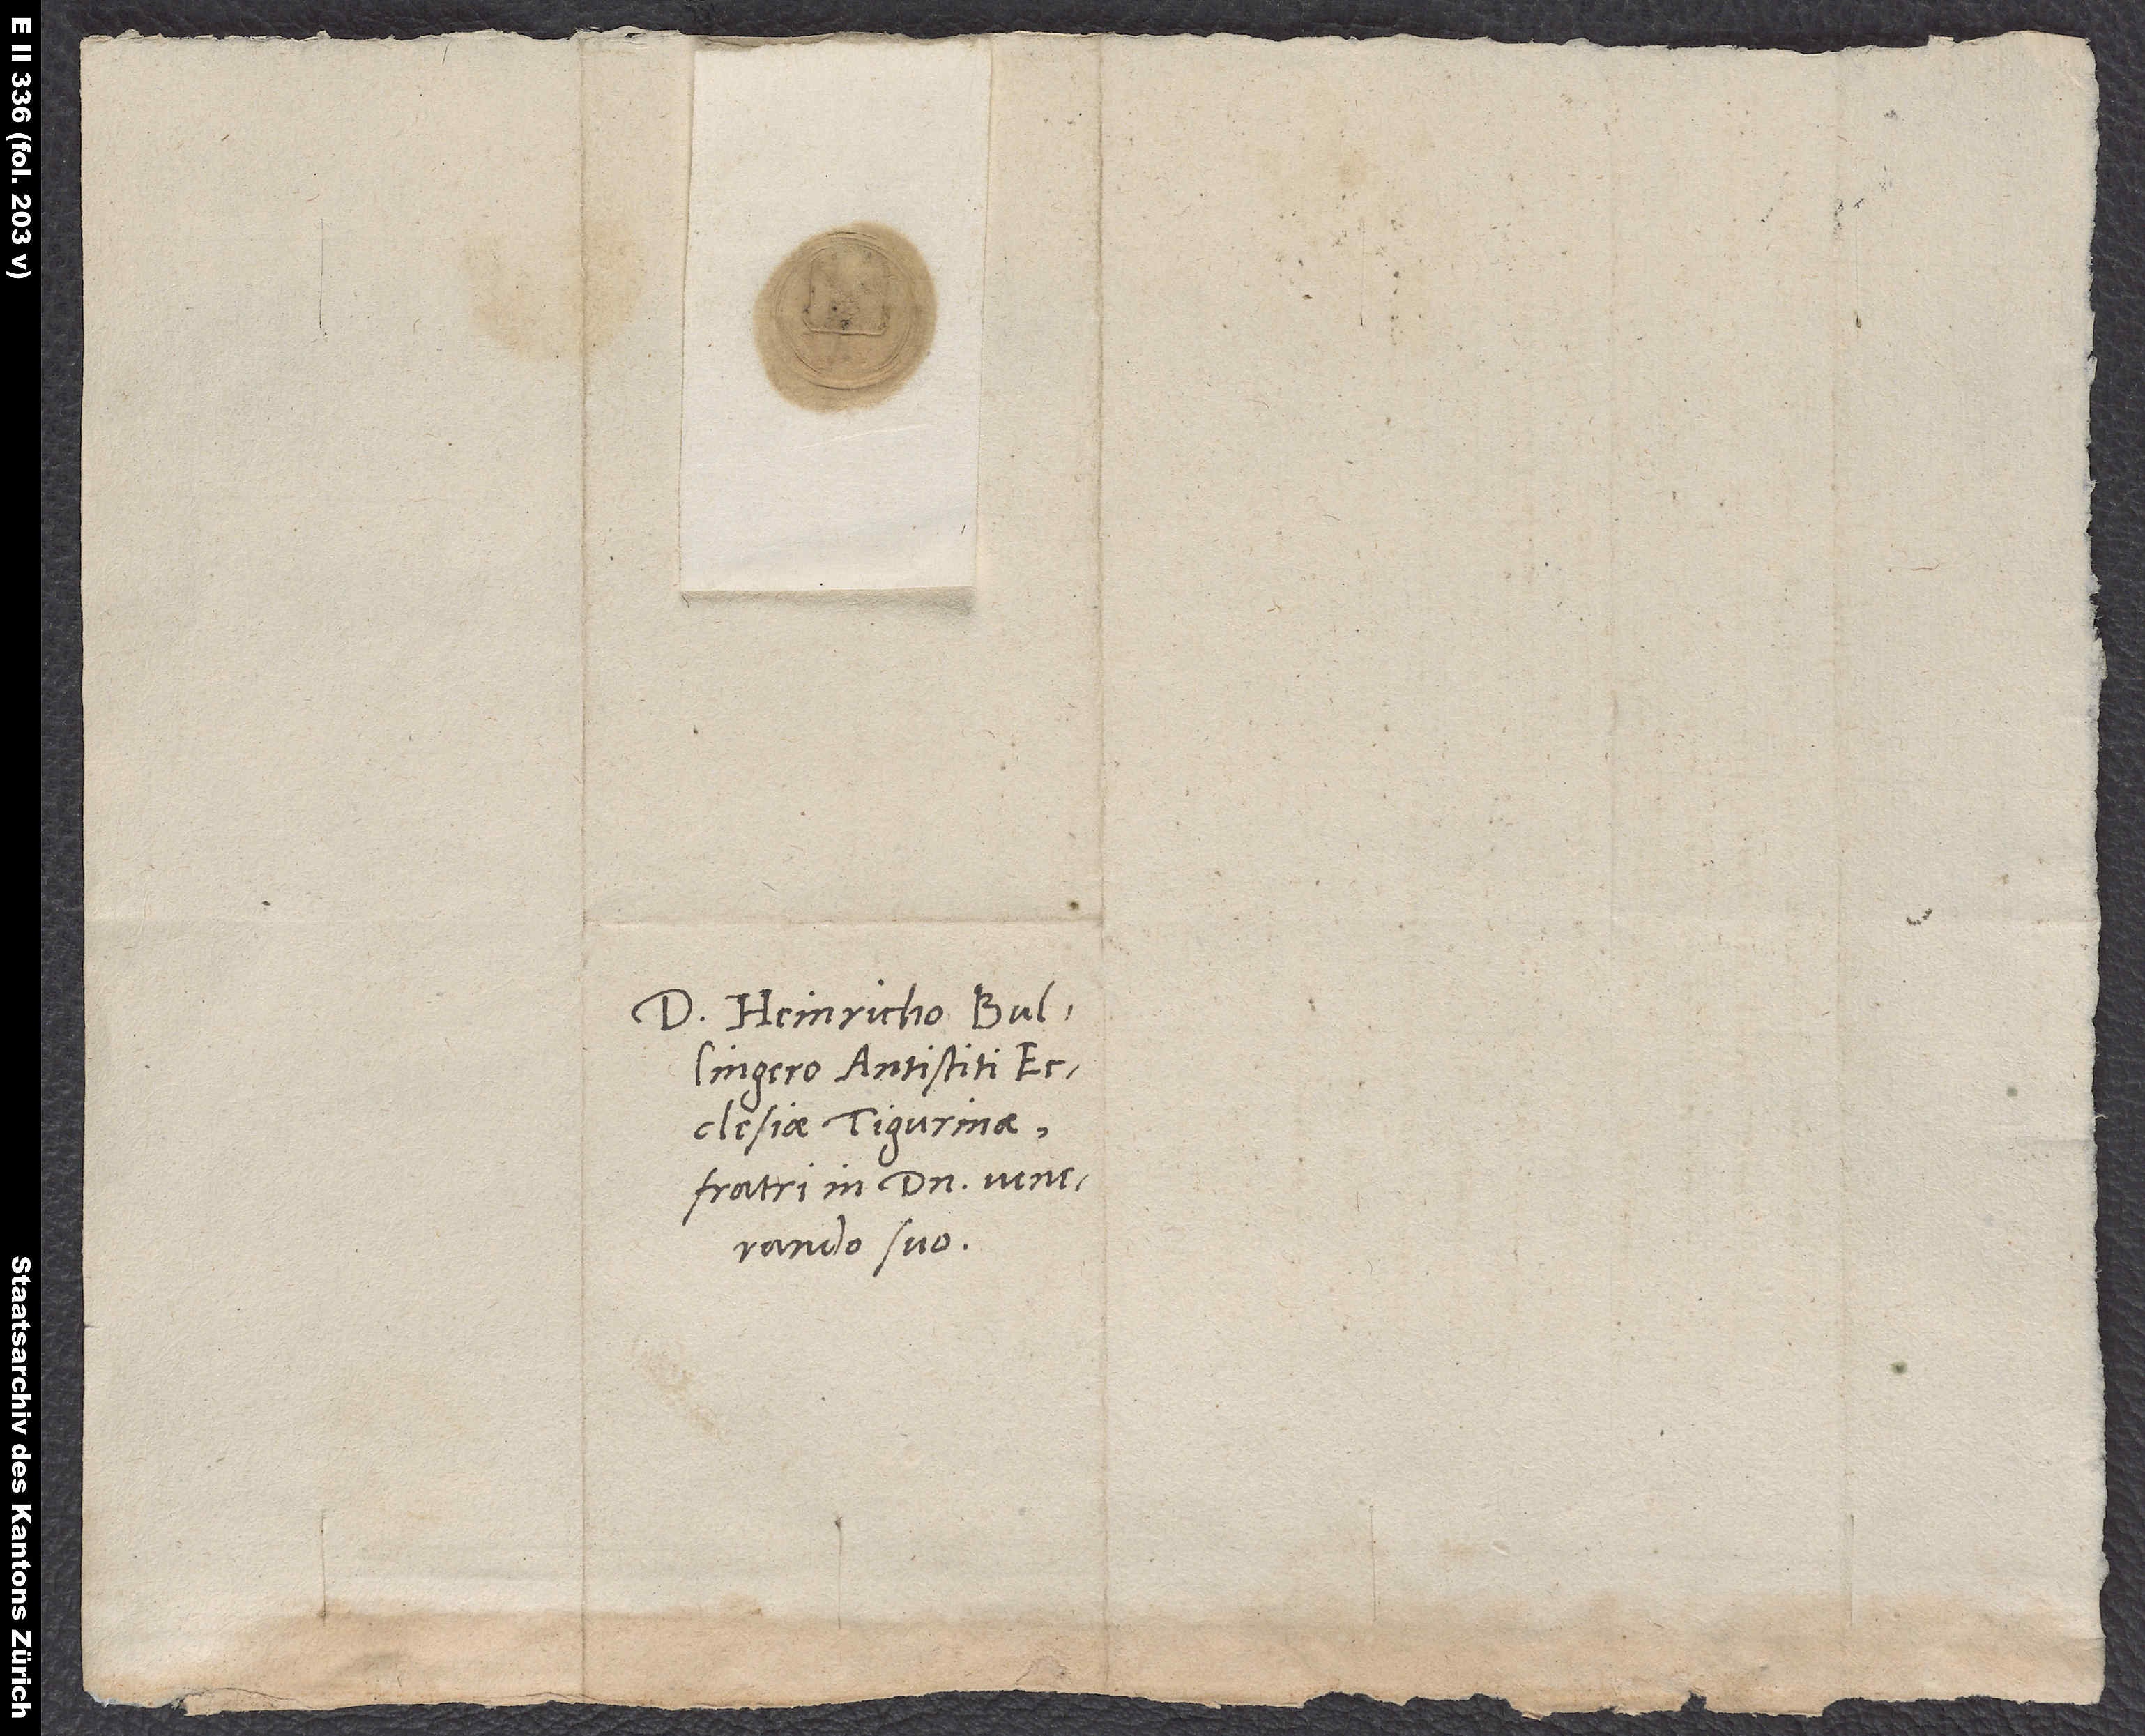
S.

Domino Heinricho Bullingero,
ecclesiae Tigurinae,
fratri in domino venerando
suo.